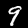
Digit: 9